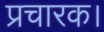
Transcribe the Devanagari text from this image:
प्रचारक।